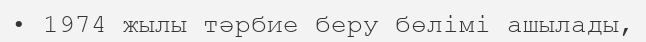
• 1974 жылы тәрбие беру бөлімі ашылады,